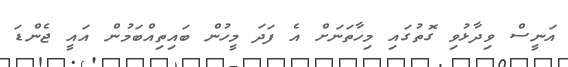
އަނީސް ވިދާޅުވި ގޮތުގައި މިހާތަނަށް އެ ފަދަ މީހުން ބައިތިއްބަމުން އައީ ޖެންޑަ